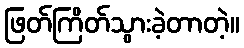
ဖြတ်ကြိတ်သွားခဲ့တာတဲ့။